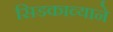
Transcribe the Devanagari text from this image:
सिडकाव्याने